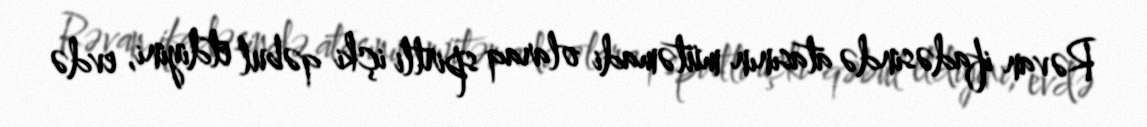
Rəvan ifadəsində atasının mütəmadi olaraq spirtli içki qəbul etdiyini, evdə